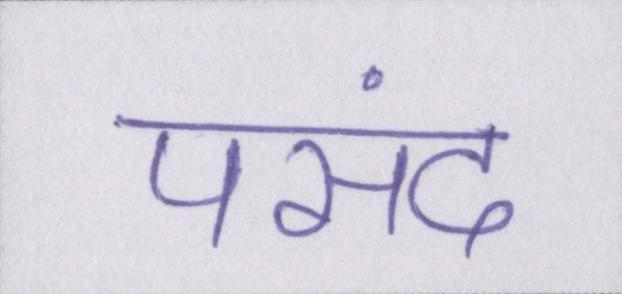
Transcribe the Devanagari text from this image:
पसंद